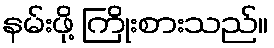
နမ်းဖို့ ကြိုးစားသည်။